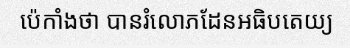
ប៉េកាំងថា បានរំលោភដែនអធិបតេយ្យ